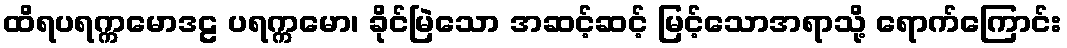
ထိရပရက္ကမောဒဠ ပရက္ကမော၊ ခိုင်မြဲသော အဆင့်ဆင့် မြင့်သောအရာသို့ ရောက်ကြောင်း